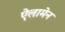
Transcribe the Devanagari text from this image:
ऐलामेन